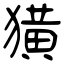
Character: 獚